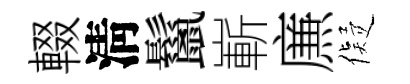
輟淸鬣嶄㢘儗